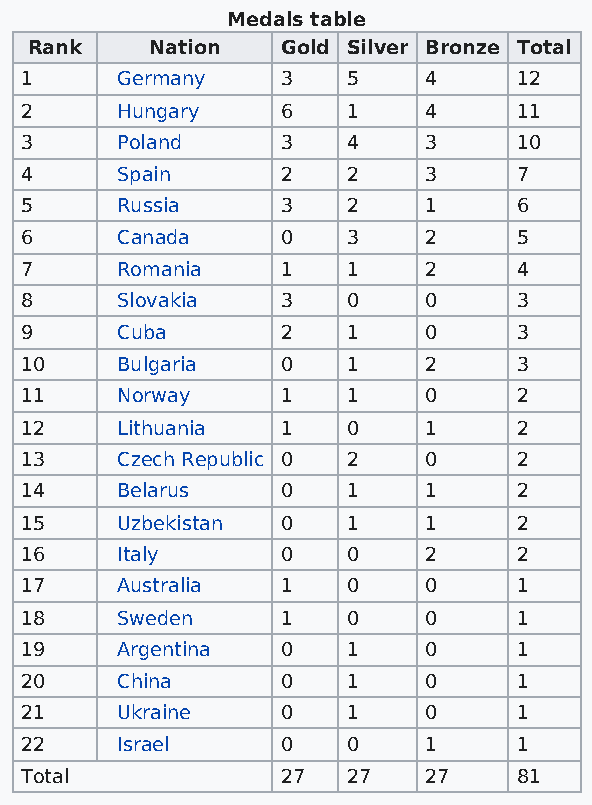
Medals table
 Rank    Nation   Gold Silver Bronze Total
 1      Germany    3   5    4     12
 2      Hungary    6   1    4     11
 3      Poland     3   4    3     10
 4      Spain      2   2    3     7
 5      Russia     3   2    1     6
 6      Canada     0   3    2     5
 7      Romania    1   1    2     4
 8      Slovakia   3   0    0     3
 9      Cuba       2   1    0     3
 10     Bulgaria   0   1    2     3
 11     Norway     1   1    0     2
 12     Lithuania  1   0    1     2
 13     Czech Republic 0 2  0     2
 14     Belarus    0   1    1     2
 15     Uzbekistan 0   1    1     2
 16     Italy      0   0    2     2
 17     Australia  1   0    0     1
 18     Sweden     1   0    0     1
 19     Argentina  0   1    0     1
 20     China      0   1    0     1
 21     Ukraine    0   1    0     1
 22     Israel     0   0    1     1
 Total             27  27   27    81